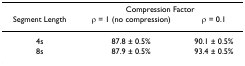
<table><thead><tr><td></td><td colspan="2"><b>Compression Factor</b></td></tr><tr><td><b>Segment Length</b></td><td><b>ρ = 1 (no compression)</b></td><td><b>ρ = 0.1</b></td></tr></thead><tbody><tr><td>4s</td><td>87.8 ± 0.5%</td><td>90.1 ± 0.5%</td></tr><tr><td>8s</td><td>87.9 ± 0.5%</td><td>93.4 ± 0.5%</td></tr></tbody></table>